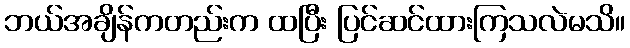
ဘယ်အချိန်ကတည်းက ထပြီး ပြင်ဆင်ထားကြသလဲမသိ။